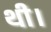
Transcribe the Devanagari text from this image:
थी।